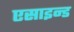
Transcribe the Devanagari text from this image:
एसाइन्ड